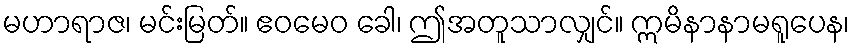
မဟာရာဇ၊ မင်းမြတ်။ ဧဝမေဝ ခေါ၊ ဤအတူသာလျှင်။ ဣမိနာနာမရူပေန၊